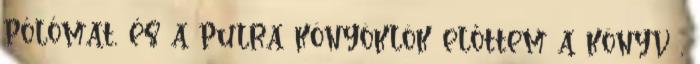
pólómat, és a pulra könyöklök előttem a könyv ,